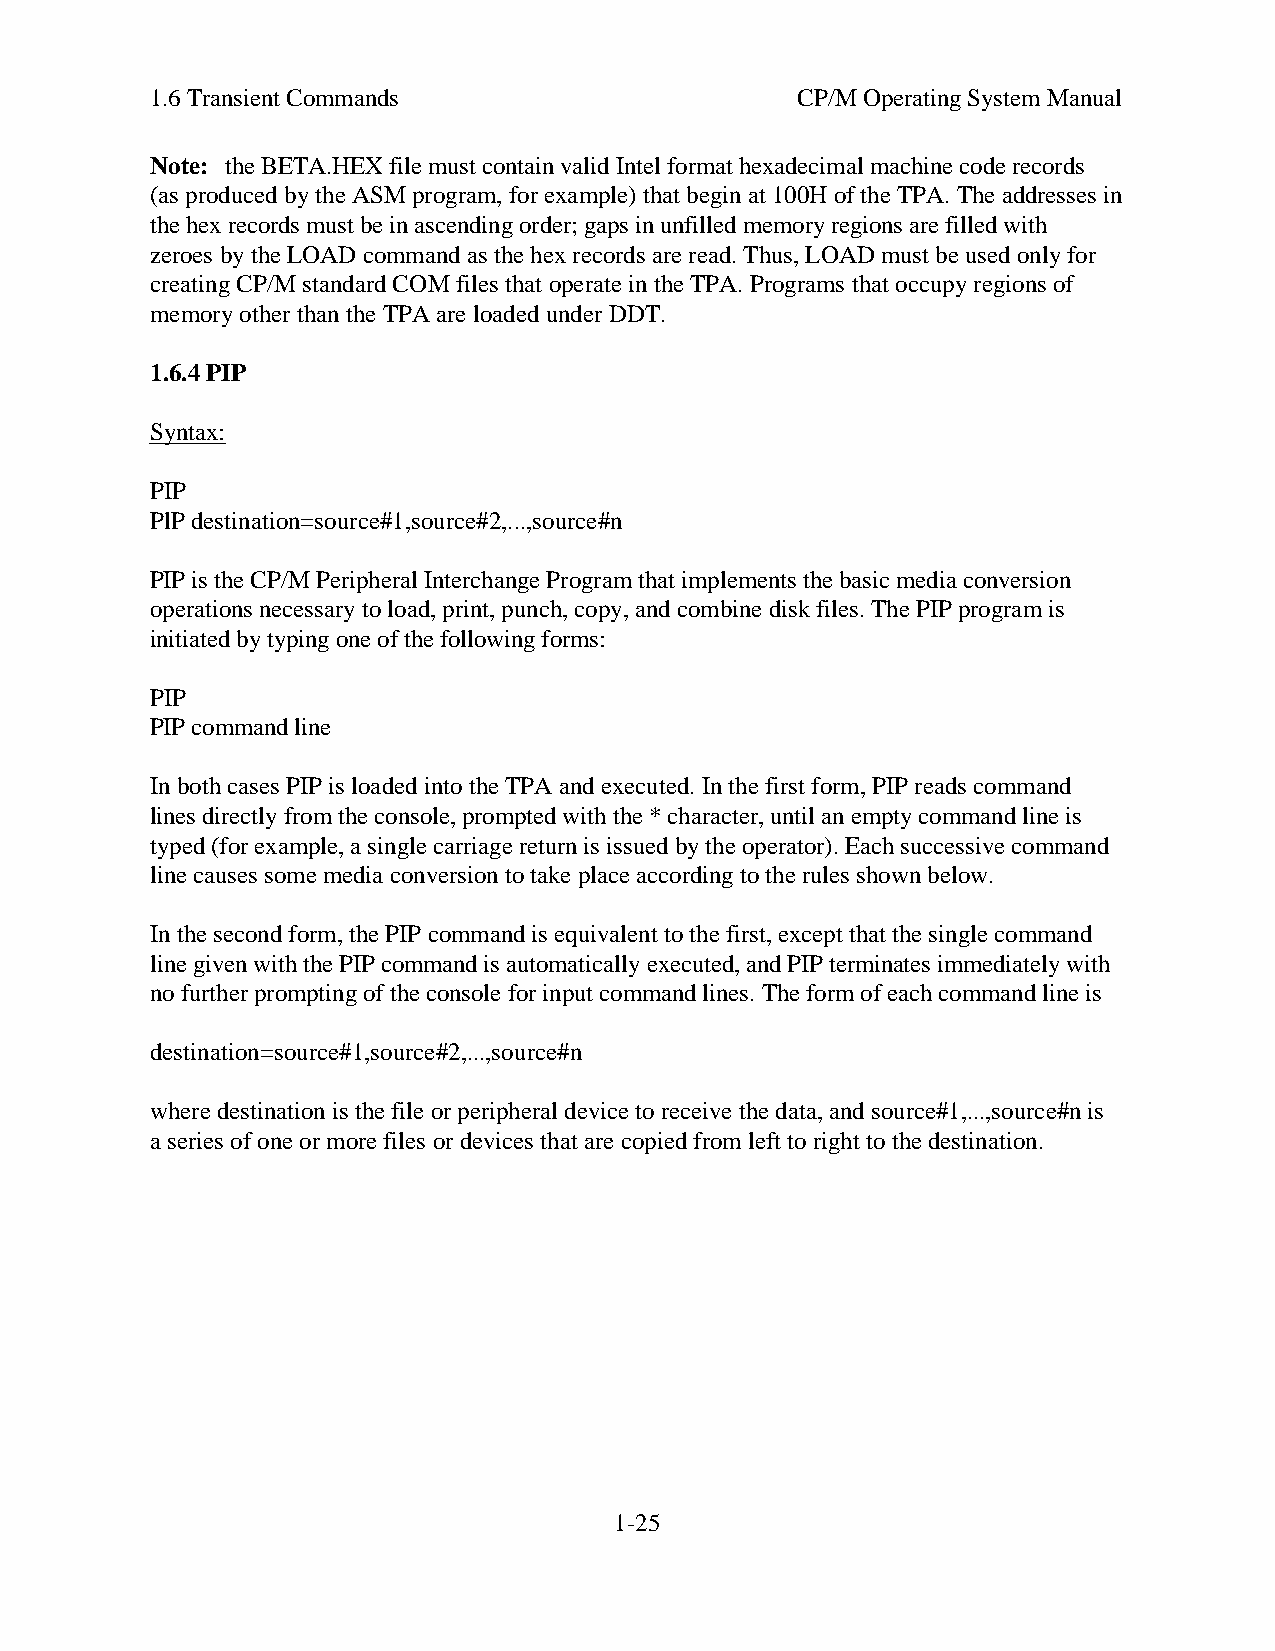
1.6 Transient Commands                     CP/M Operating System Manual
 Note: the BETA.HEX file must contain valid Intel format hexadecimal machine code records
 (as produced by the ASM program, for example) that begin at 100H of the TPA. The addresses in
 the hex records must be in ascending order; gaps in unfilled memory regions are filled with
 zeroes by the LOAD command as the hex records are read. Thus, LOAD must be used only for
 creating CP/M standard COM files that operate in the TPA. Programs that occupy regions of
 memory other than the TPA are loaded under DDT.
 1.6.4 PIP
 Syntax:
 PIP
 PlP destination=source#1,source#2,...,source#n
 PIP is the CP/M Peripheral Interchange Program that implements the basic media conversion
 operations necessary to load, print, punch, copy, and combine disk files. The PIP program is
 initiated by typing one of the following forms:
 PIP
 PIP command line
 In both cases PIP is loaded into the TPA and executed. In the first form, PIP reads command
 lines directly from the console, prompted with the * character, until an empty command line is
 typed (for example, a single carriage return is issued by the operator). Each successive command
 line causes some media conversion to take place according to the rules shown below.
 In the second form, the PIP command is equivalent to the first, except that the single command
 line given with the PIP command is automatically executed, and PIP terminates immediately with
 no further prompting of the console for input command lines. The form of each command line is
 destination=source#1,source#2,...,source#n
 where destination is the file or peripheral device to receive the data, and source#1,...,source#n is
 a series of one or more files or devices that are copied from left to right to the destination.
 1-25